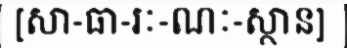
[សា-ធា-រៈ-ណៈ-ស្ថាន]